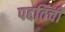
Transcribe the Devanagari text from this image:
पद्दतिची